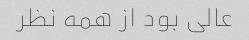
عالی بود از همه نظر